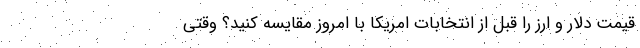
قیمت دلار و ارز را قبل از انتخابات امریکا با امروز مقایسه کنید؟ وقتی